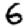
Digit: 6